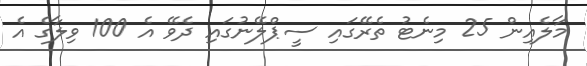
މާލެއިން 25 މިނެޓު ތެރޭގައި ސީޕްލޭނުގައި ދެވޭ އެ 100 ވިލާގެ އެ